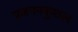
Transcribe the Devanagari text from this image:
प्रजननकुशल